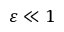
\varepsilon \ll 1